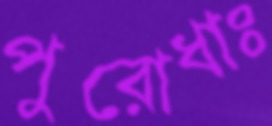
পুরোধাঃ